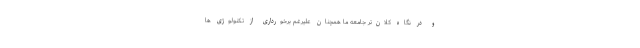
و در نگاه کلان‌تر جامعه ما همچنان علیرغم برخورداری از تکنولوژی ها